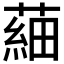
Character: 𦹀